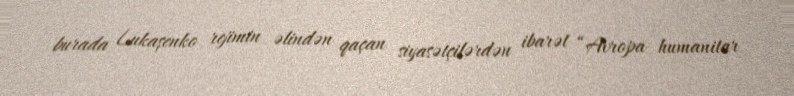
burada Lukaşenko rejimin əlindən qaçan siyasətçilərdən ibarət “Avropa humanitar